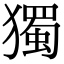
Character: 獨